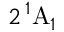
2 \, ^ { 1 } \mathrm { A } _ { 1 }